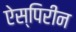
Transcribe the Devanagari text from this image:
ऐस्पिरीन